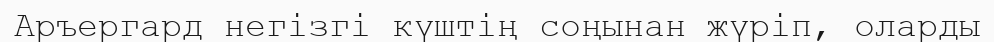
Аръергард негізгі күштің соңынан жүріп, оларды